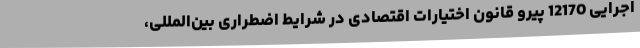
اجرایی 12170 پیرو قانون اختیارات اقتصادی در شرایط اضطراری بین‌المللی،